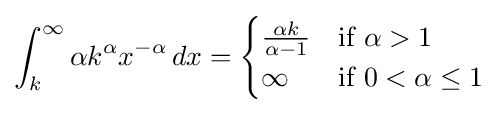
\int _{k}^{\infty }\alpha k^{\alpha }x^{-\alpha }\,dx={\begin{cases}{\frac {\alpha k}{\alpha -1}}&{\text{if  }}\alpha >1\\\infty &{\text{if }}0<\alpha \leq 1\end{cases}}